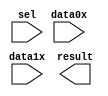
// megafunction wizard: %LPM_MUX%VBB%
// GENERATION: STANDARD
// VERSION: WM1.0
// MODULE: LPM_MUX 

// ============================================================
// Megafunction Name(s):
// 			LPM_MUX
//
// Simulation Library Files(s):
// 			lpm
// ============================================================
// ************************************************************
// THIS IS A WIZARD-GENERATED FILE. DO NOT EDIT THIS FILE!
//
// 13.1.0 Build 162 10/23/2013 SJ Full Version
// ************************************************************

//Copyright (C) 1991-2013 Altera Corporation
//Your use of Altera Corporation's design tools, logic functions 
//and other software and tools, and its AMPP partner logic 
//functions, and any output files from any of the foregoing 
//(including device programming or simulation files), and any 
//associated documentation or information are expressly subject 
//to the terms and conditions of the Altera Program License 
//Subscription Agreement, Altera MegaCore Function License 
//Agreement, or other applicable license agreement, including, 
//without limitation, that your use is for the sole purpose of 
//programming logic devices manufactured by Altera and sold by 
//Altera or its authorized distributors.  Please refer to the 
//applicable agreement for further details.

module MUX_ADDR (
	data0x,
	data1x,
	sel,
	result);

	input	[70:0]  data0x;
	input	[70:0]  data1x;
	input	  sel;
	output	[70:0]  result;

endmodule

// ============================================================
// CNX file retrieval info
// ============================================================
// Retrieval info: PRIVATE: INTENDED_DEVICE_FAMILY STRING "Cyclone V"
// Retrieval info: PRIVATE: SYNTH_WRAPPER_GEN_POSTFIX STRING "0"
// Retrieval info: PRIVATE: new_diagram STRING "1"
// Retrieval info: LIBRARY: lpm lpm.lpm_components.all
// Retrieval info: CONSTANT: LPM_SIZE NUMERIC "2"
// Retrieval info: CONSTANT: LPM_TYPE STRING "LPM_MUX"
// Retrieval info: CONSTANT: LPM_WIDTH NUMERIC "71"
// Retrieval info: CONSTANT: LPM_WIDTHS NUMERIC "1"
// Retrieval info: USED_PORT: data0x 0 0 71 0 INPUT NODEFVAL "data0x[70..0]"
// Retrieval info: USED_PORT: data1x 0 0 71 0 INPUT NODEFVAL "data1x[70..0]"
// Retrieval info: USED_PORT: result 0 0 71 0 OUTPUT NODEFVAL "result[70..0]"
// Retrieval info: USED_PORT: sel 0 0 0 0 INPUT NODEFVAL "sel"
// Retrieval info: CONNECT: @data 0 0 71 0 data0x 0 0 71 0
// Retrieval info: CONNECT: @data 0 0 71 71 data1x 0 0 71 0
// Retrieval info: CONNECT: @sel 0 0 1 0 sel 0 0 0 0
// Retrieval info: CONNECT: result 0 0 71 0 @result 0 0 71 0
// Retrieval info: GEN_FILE: TYPE_NORMAL MUX_ADDR.v TRUE
// Retrieval info: GEN_FILE: TYPE_NORMAL MUX_ADDR.inc FALSE
// Retrieval info: GEN_FILE: TYPE_NORMAL MUX_ADDR.cmp FALSE
// Retrieval info: GEN_FILE: TYPE_NORMAL MUX_ADDR.bsf TRUE
// Retrieval info: GEN_FILE: TYPE_NORMAL MUX_ADDR_inst.v FALSE
// Retrieval info: GEN_FILE: TYPE_NORMAL MUX_ADDR_bb.v TRUE
// Retrieval info: LIB_FILE: lpm